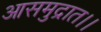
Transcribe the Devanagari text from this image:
आसमुद्रात।।